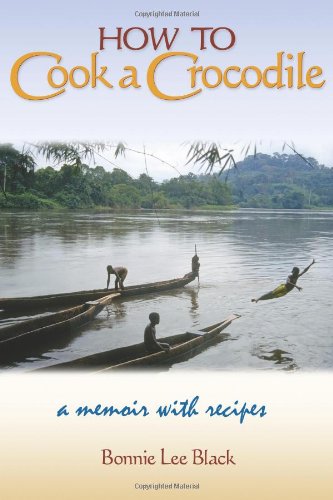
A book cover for How to Cook a Crocodile: A Memoir with Recipes; Bonnie Lee Black; Travel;